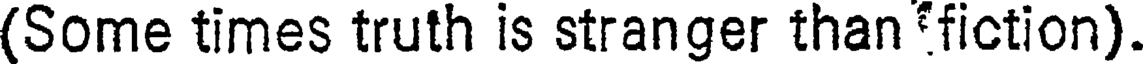
(Some times truth is stranger than fiction).